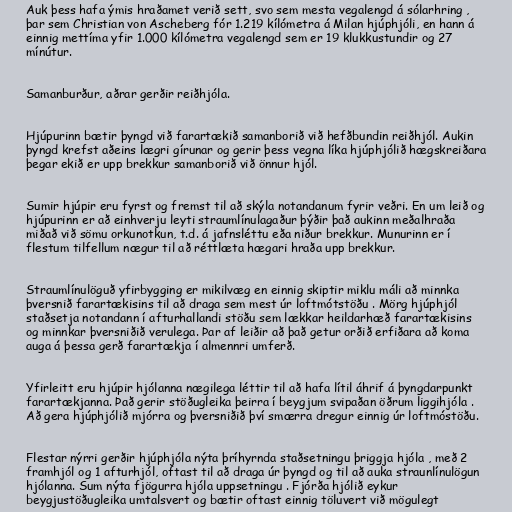
Auk þess hafa ýmis hraðamet verið sett, svo sem mesta vegalengd á sólarhring ,
þar sem Christian von Ascheberg fór 1.219 kílómetra á Milan hjúphjóli, en hann á
einnig mettíma yfir 1.000 kílómetra vegalengd sem er 19 klukkustundir og 27
mínútur.

Samanburður, aðrar gerðir reiðhjóla.

Hjúpurinn bætir þyngd við farartækið samanborið við hefðbundin reiðhjól. Aukin
þyngd krefst aðeins lægri gírunar og gerir þess vegna líka hjúphjólið hægskreiðara
þegar ekið er upp brekkur samanborið við önnur hjól.

Sumir hjúpir eru fyrst og fremst til að skýla notandanum fyrir veðri. En um leið og
hjúpurinn er að einhverju leyti straumlínulagaður þýðir það aukinn meðalhraða
miðað við sömu orkunotkun, t.d. á jafnsléttu eða niður brekkur. Munurinn er í
flestum tilfellum nægur til að réttlæta hægari hraða upp brekkur.

Straumlínulöguð yfirbygging er mikilvæg en einnig skiptir miklu máli að minnka
þversnið farartækisins til að draga sem mest úr loftmótstöðu . Mörg hjúphjól
staðsetja notandann í afturhallandi stöðu sem lækkar heildarhæð farartækisins
og minnkar þversniðið verulega. Þar af leiðir að það getur orðið erfiðara að koma
auga á þessa gerð farartækja í almennri umferð.

Yfirleitt eru hjúpir hjólanna nægilega léttir til að hafa lítil áhrif á þyngdarpunkt
farartækjanna. Það gerir stöðugleika þeirra í beygjum svipaðan öðrum liggihjóla .
Að gera hjúphjólið mjórra og þversniðið því smærra dregur einnig úr loftmóstöðu.

Flestar nýrri gerðir hjúphjóla nýta þríhyrnda staðsetningu þriggja hjóla , með 2
framhjól og 1 afturhjól, oftast til að draga úr þyngd og til að auka straunlínulögun
hjólanna. Sum nýta fjögurra hjóla uppsetningu . Fjórða hjólið eykur
beygjustöðugleika umtalsvert og bætir oftast einnig töluvert við mögulegt